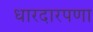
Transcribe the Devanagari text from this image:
धारदारपणा